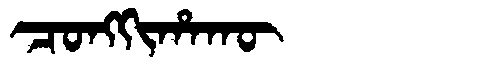
Manchu: ᠴᠣᠩᡴᡳᡥᠠᡴᡡ
Romanization: CONGKIHAKŪ